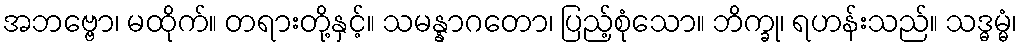
အဘဗ္ဗော၊ မထိုက်။ တရားတို့နှင့်။ သမန္နာဂတော၊ ပြည့်စုံသော။ ဘိက္ခု၊ ရဟန်းသည်။ သဒ္ဓမ္မံ၊